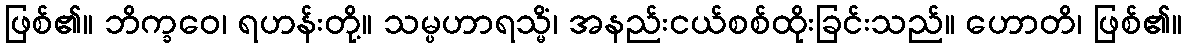
ဖြစ်၏။ ဘိက္ခဝေ၊ ရဟန်းတို့။ သမ္ပဟာရသ္မိံ၊ အနည်းငယ်စစ်ထိုးခြင်းသည်။ ဟောတိ၊ ဖြစ်၏။